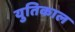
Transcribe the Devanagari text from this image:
युतिकाल